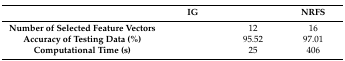
<table><thead><tr><td>[EMPTY_CELL]</td><td><b>IG</b></td><td>[EMPTY_CELL]</td><td><b>NRFS</b></td></tr></thead><tbody><tr><td><b>Number of Selected Feature Vectors</b></td><td>[EMPTY_CELL]</td><td>12</td><td>16</td></tr><tr><td><b>Accuracy of Testing Data (%)</b></td><td>[EMPTY_CELL]</td><td>95.52</td><td>97.01</td></tr><tr><td><b>Computational Time (s)</b></td><td>[EMPTY_CELL]</td><td>25</td><td>406</td></tr></tbody></table>